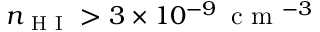
n _ { \mathrm { ~ H ~ I ~ } } > 3 \times 1 0 ^ { - 9 } \, \mathrm { ~ c ~ m ~ } ^ { - 3 }